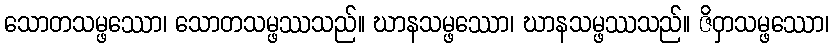
သောတသမ္ဖဿော၊ သောတသမ္ဖဿသည်။ ဃာနသမ္ဖဿော၊ ဃာနသမ္ဖဿသည်။ ဇိဝှာသမ္ဖဿော၊